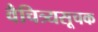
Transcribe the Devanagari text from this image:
वैचित्र्यसूचक